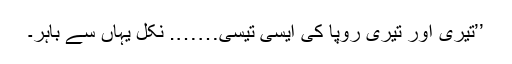
’’تیری اور تیری روپا کی ایسی تیسی……. نکل یہاں سے باہر۔